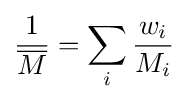
{\frac {1}{\overline {M}}}=\sum _{i}{\frac {w_{i}}{M_{i}}}